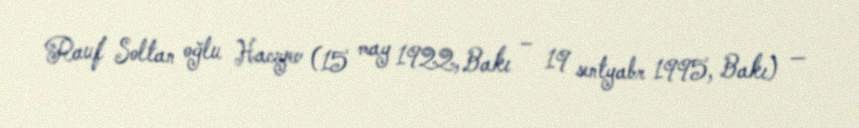
Rauf Soltan oğlu Hacıyev (15 may 1922, Bakı – 19 sentyabr 1995, Bakı) —